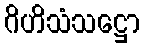
ဂိဟိသံသဋ္ဌော